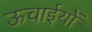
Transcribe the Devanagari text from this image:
ऊचाईयों